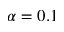
\alpha = 0 . 1